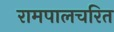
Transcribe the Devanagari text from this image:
रामपालचरित